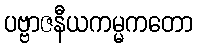
ပဗ္ဗာဇနီယကမ္မကတော